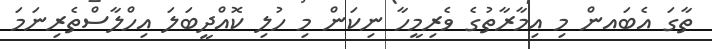
ތާގަ އެބައން މި އިމާރާތުގެ ވެރިމީހާ ނިކަން މި ހުލި ކޮއްދީބަލަ އިހްލާސްތެރިނަމަ